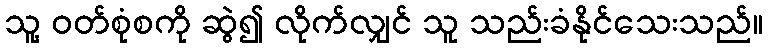
သူ့ ဝတ်စုံစကို ဆွဲ၍ လိုက်လျှင် သူ သည်းခံနိုင်သေးသည်။